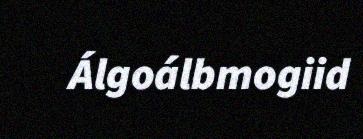
Álgoálbmogiid